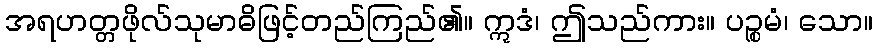
အရဟတ္တဖိုလ်သုမာဓိဖြင့်တည်ကြည်၏။ ဣဒံ၊ ဤသည်ကား။ ပဉ္စမံ၊ သော။